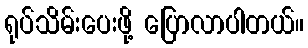
ရုပ်သိမ်းပေးဖို့ ပြောလာပါတယ်။